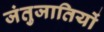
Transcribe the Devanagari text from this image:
जंतुजातियों